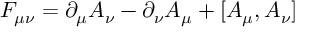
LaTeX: F _ { \mu \nu } = \partial _ { \mu } A _ { \nu } - \partial _ { \nu } A _ { \mu } + [ A _ { \mu } , A _ { \nu } ]